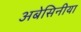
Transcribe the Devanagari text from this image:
अबेसिनीया